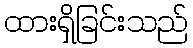
ထားရှိခြင်းသည်